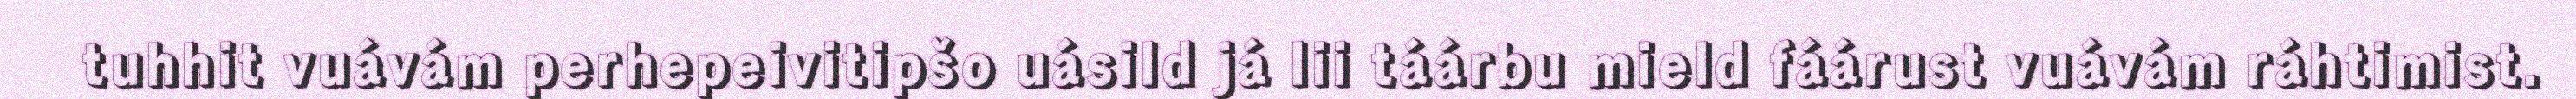
tuhhit vuávám perhepeivitipšo uásild já lii táárbu mield fáárust vuávám ráhtimist.